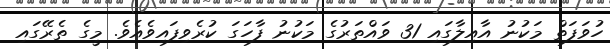
ހުވަފަތް މަކުނު އާއިލާގައި 31 ވައްތަރުގެ މަކުނު ފާހަގަ ކުރެވިފައިވެއެވެ. މީގެ ތެރޭގައި